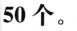
50个。